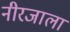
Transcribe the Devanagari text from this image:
नीरजाला